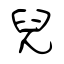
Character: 兒